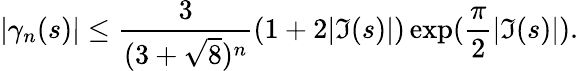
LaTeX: |\gamma_{n}(s)|\leq{\frac{3}{(3+{\sqrt{8}})^{n}}}(1+2|\Im(s)|)\exp({\frac{\pi}{2}}|\Im(s)|).